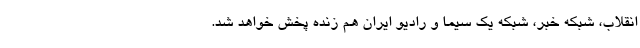
انقلاب، شبکه خبر، شبکه یک سیما و رادیو ایران هم زنده پخش خواهد شد.